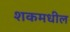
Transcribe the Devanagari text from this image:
शकमधील